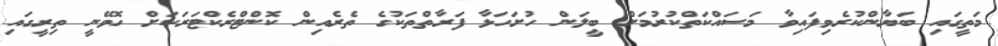
މަތީގައި ބަޔާންކުރެވިފައިވާ މަސައްކަތްކުރުމަށް ބީލަން ހުށަހަޅާ ފަރާތްތަކުގެ ތެރެއިން ކޮންޓްރެކްޓަރަކަށް ހޮވޭނީ ތިރީގައި